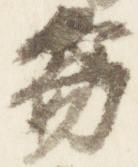
笏